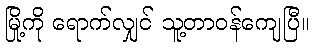
မြို့ကို ရောက်လျှင် သူ့တာဝန်ကျေပြီ။